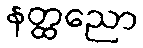
နတ္ထညော